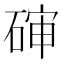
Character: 𰧊